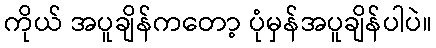
ကိုယ် အပူချိန်ကတော့ ပုံမှန်အပူချိန်ပါပဲ။